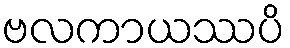
ဗလကာယဿပိ